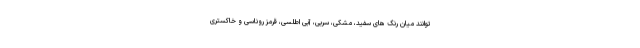
توانند میان رنگ های سفید، مشکی، سربی، آبی اطلسی، قرمز روناسی و خاکستری